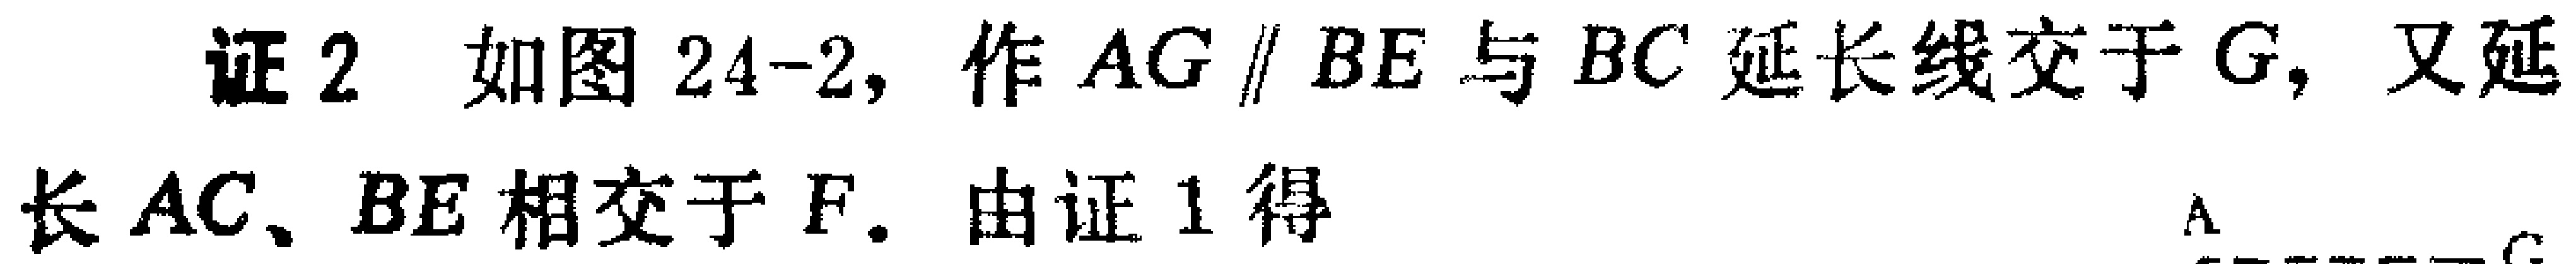
证2 如图24-2, 作 \(AG \parallel BE\) 与 \(BC\) 延长线交于 \(G\), 又延长 \(AC、BE\) 相交于 \(F\). 由证1得